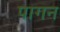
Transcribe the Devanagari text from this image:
पागन